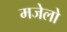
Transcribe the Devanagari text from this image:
मजेलो